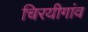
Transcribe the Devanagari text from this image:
चिरयीगांव